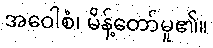
အဝေါစံ၊ မိန့်တော်မူ၏။